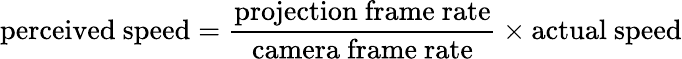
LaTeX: \mathrm{perceived\ speed}={\frac{\mathrm{projection\ frame\ rate}}{\mathrm{camera\ frame\ rate}}}\times\mathrm{actual\ speed}